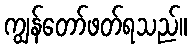
ကျွန်တော်ဖတ်ရသည်။